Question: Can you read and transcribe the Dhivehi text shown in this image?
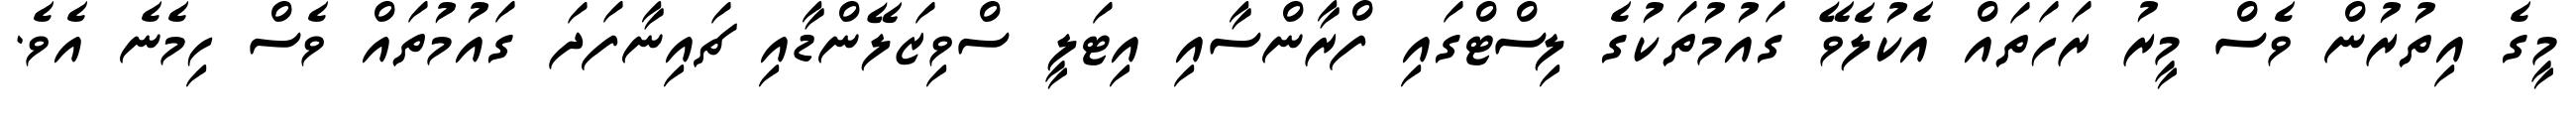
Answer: މީގެ އިތުރުން ވެސް މީރު ރަހަތައް އެކުލެވޭ ގައުމުތަކުގެ ލިސްޓްގައި ފްރާންސާއި އިޓަލީ ސްވިޒަލޭންޑާއި ޗައިނާފަދަ ގައުމުތައް ވެސް ހިމެނެ އެވެ.